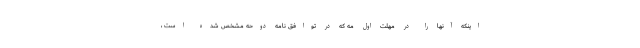
اینکه آنها را در مهلت اول مه که در توافق نامه دوحه مشخص شده است ،